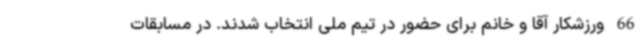
66 ورزشکار آقا و خانم برای حضور در تیم ملی انتخاب شدند. در مسابقات